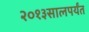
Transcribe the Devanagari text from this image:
२०१३सालपर्यंत